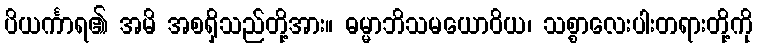
ပိယင်္ကာရ၏ အမိ အစရှိသည်တို့အား။ ဓမ္မာဘိသမယောဝိယ၊ သစ္စာလေးပါးတရားတို့ကို